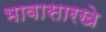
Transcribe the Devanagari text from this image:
भावासारखे